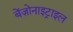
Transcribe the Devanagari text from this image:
बेंज़ोनाइट्राइल